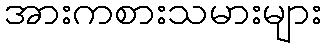
အားကစားသမားများ